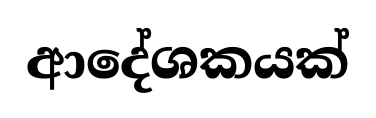
ආදේශකයක්